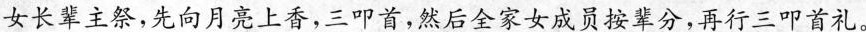
女长辈主祭，先向月亮上香，三叩首，然后全家女成员按辈分，再行三叩首礼。